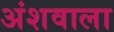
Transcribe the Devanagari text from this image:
अंशवाला